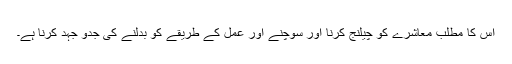
اس کا مطلب معاشرے کو چیلنج کرنا اور سوچنے اور عمل کے طریقے کو بدلنے کی جدو جہد کرنا ہے۔